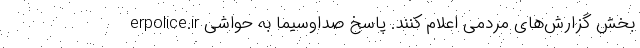
erpolice.ir بخش گزارش‌های مردمی اعلام کنند. پاسخ صداوسیما به حواشی